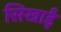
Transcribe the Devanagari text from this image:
सिखाईं